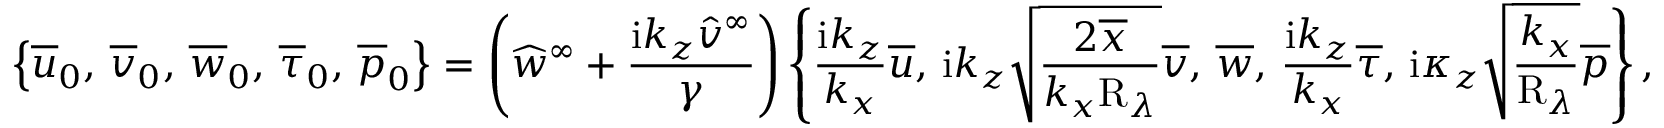
\left\lbrace \overline { { u } } _ { 0 } , \, \overline { { v } } _ { 0 } , \, \overline { { w } } _ { 0 } , \, \overline { { \tau } } _ { 0 } , \, \overline { { p } } _ { 0 } \right\rbrace = \left( \widehat { w } ^ { \infty } + \frac { \mathrm { i } k _ { z } \widehat { v } ^ { \infty } } { \gamma } \right) \left\lbrace \frac { \mathrm { i } k _ { z } } { k _ { x } } \overline { { u } } , \, \mathrm { i } k _ { z } \sqrt { \frac { 2 \overline { { x } } } { k _ { x } \mathrm { R } _ { \lambda } } } \overline { { v } } , \, \overline { { w } } , \, \frac { \mathrm { i } k _ { z } } { k _ { x } } \overline { { \tau } } , \, \mathrm { i } \kappa _ { z } \sqrt { \frac { k _ { x } } { \mathrm { R } _ { \lambda } } } \overline { { p } } \right\rbrace ,